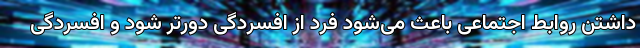
داشتن روابط اجتماعی باعث می‌شود فرد از افسردگی دورتر شود و افسردگی